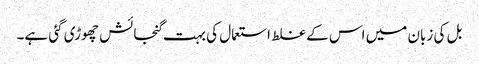
بل کی زبان میں اس کے غلط استعمال کی بہت گنجائش چھوڑی گئی ہے۔